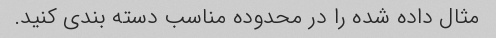
مثال داده شده را در محدوده مناسب دسته بندی کنید.